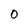
Character: 0